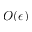
O ( \epsilon )